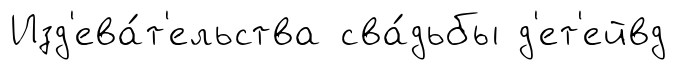
Изд'ева́т'ельства сва́дьбы д'ет'ейвд